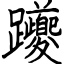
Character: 躨